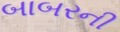
બાબરની